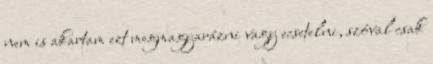
nem is akartam ezt megmagyarázni vagy ecsetelni, szóval csak